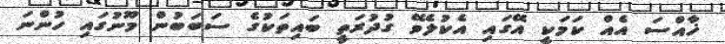
ޚާއްސަ އެއް ކަމަކީ އޭގައި އެކުލެވޭ ގުދުރަތީ ބައިތަކުގެ ސަބަބުން މޫނުގައި ހުންނަ